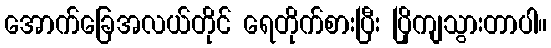
အောက်ခြေအလယ်တိုင် ရေတိုက်စားပြီး ပြိုကျသွားတာပါ။